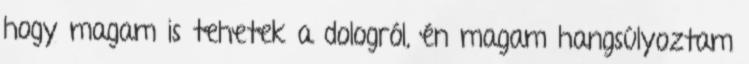
hogy magam is tehetek a dologról, én magam hangsúlyoztam